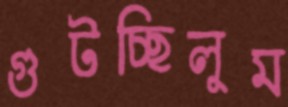
গুটচ্ছিলুম